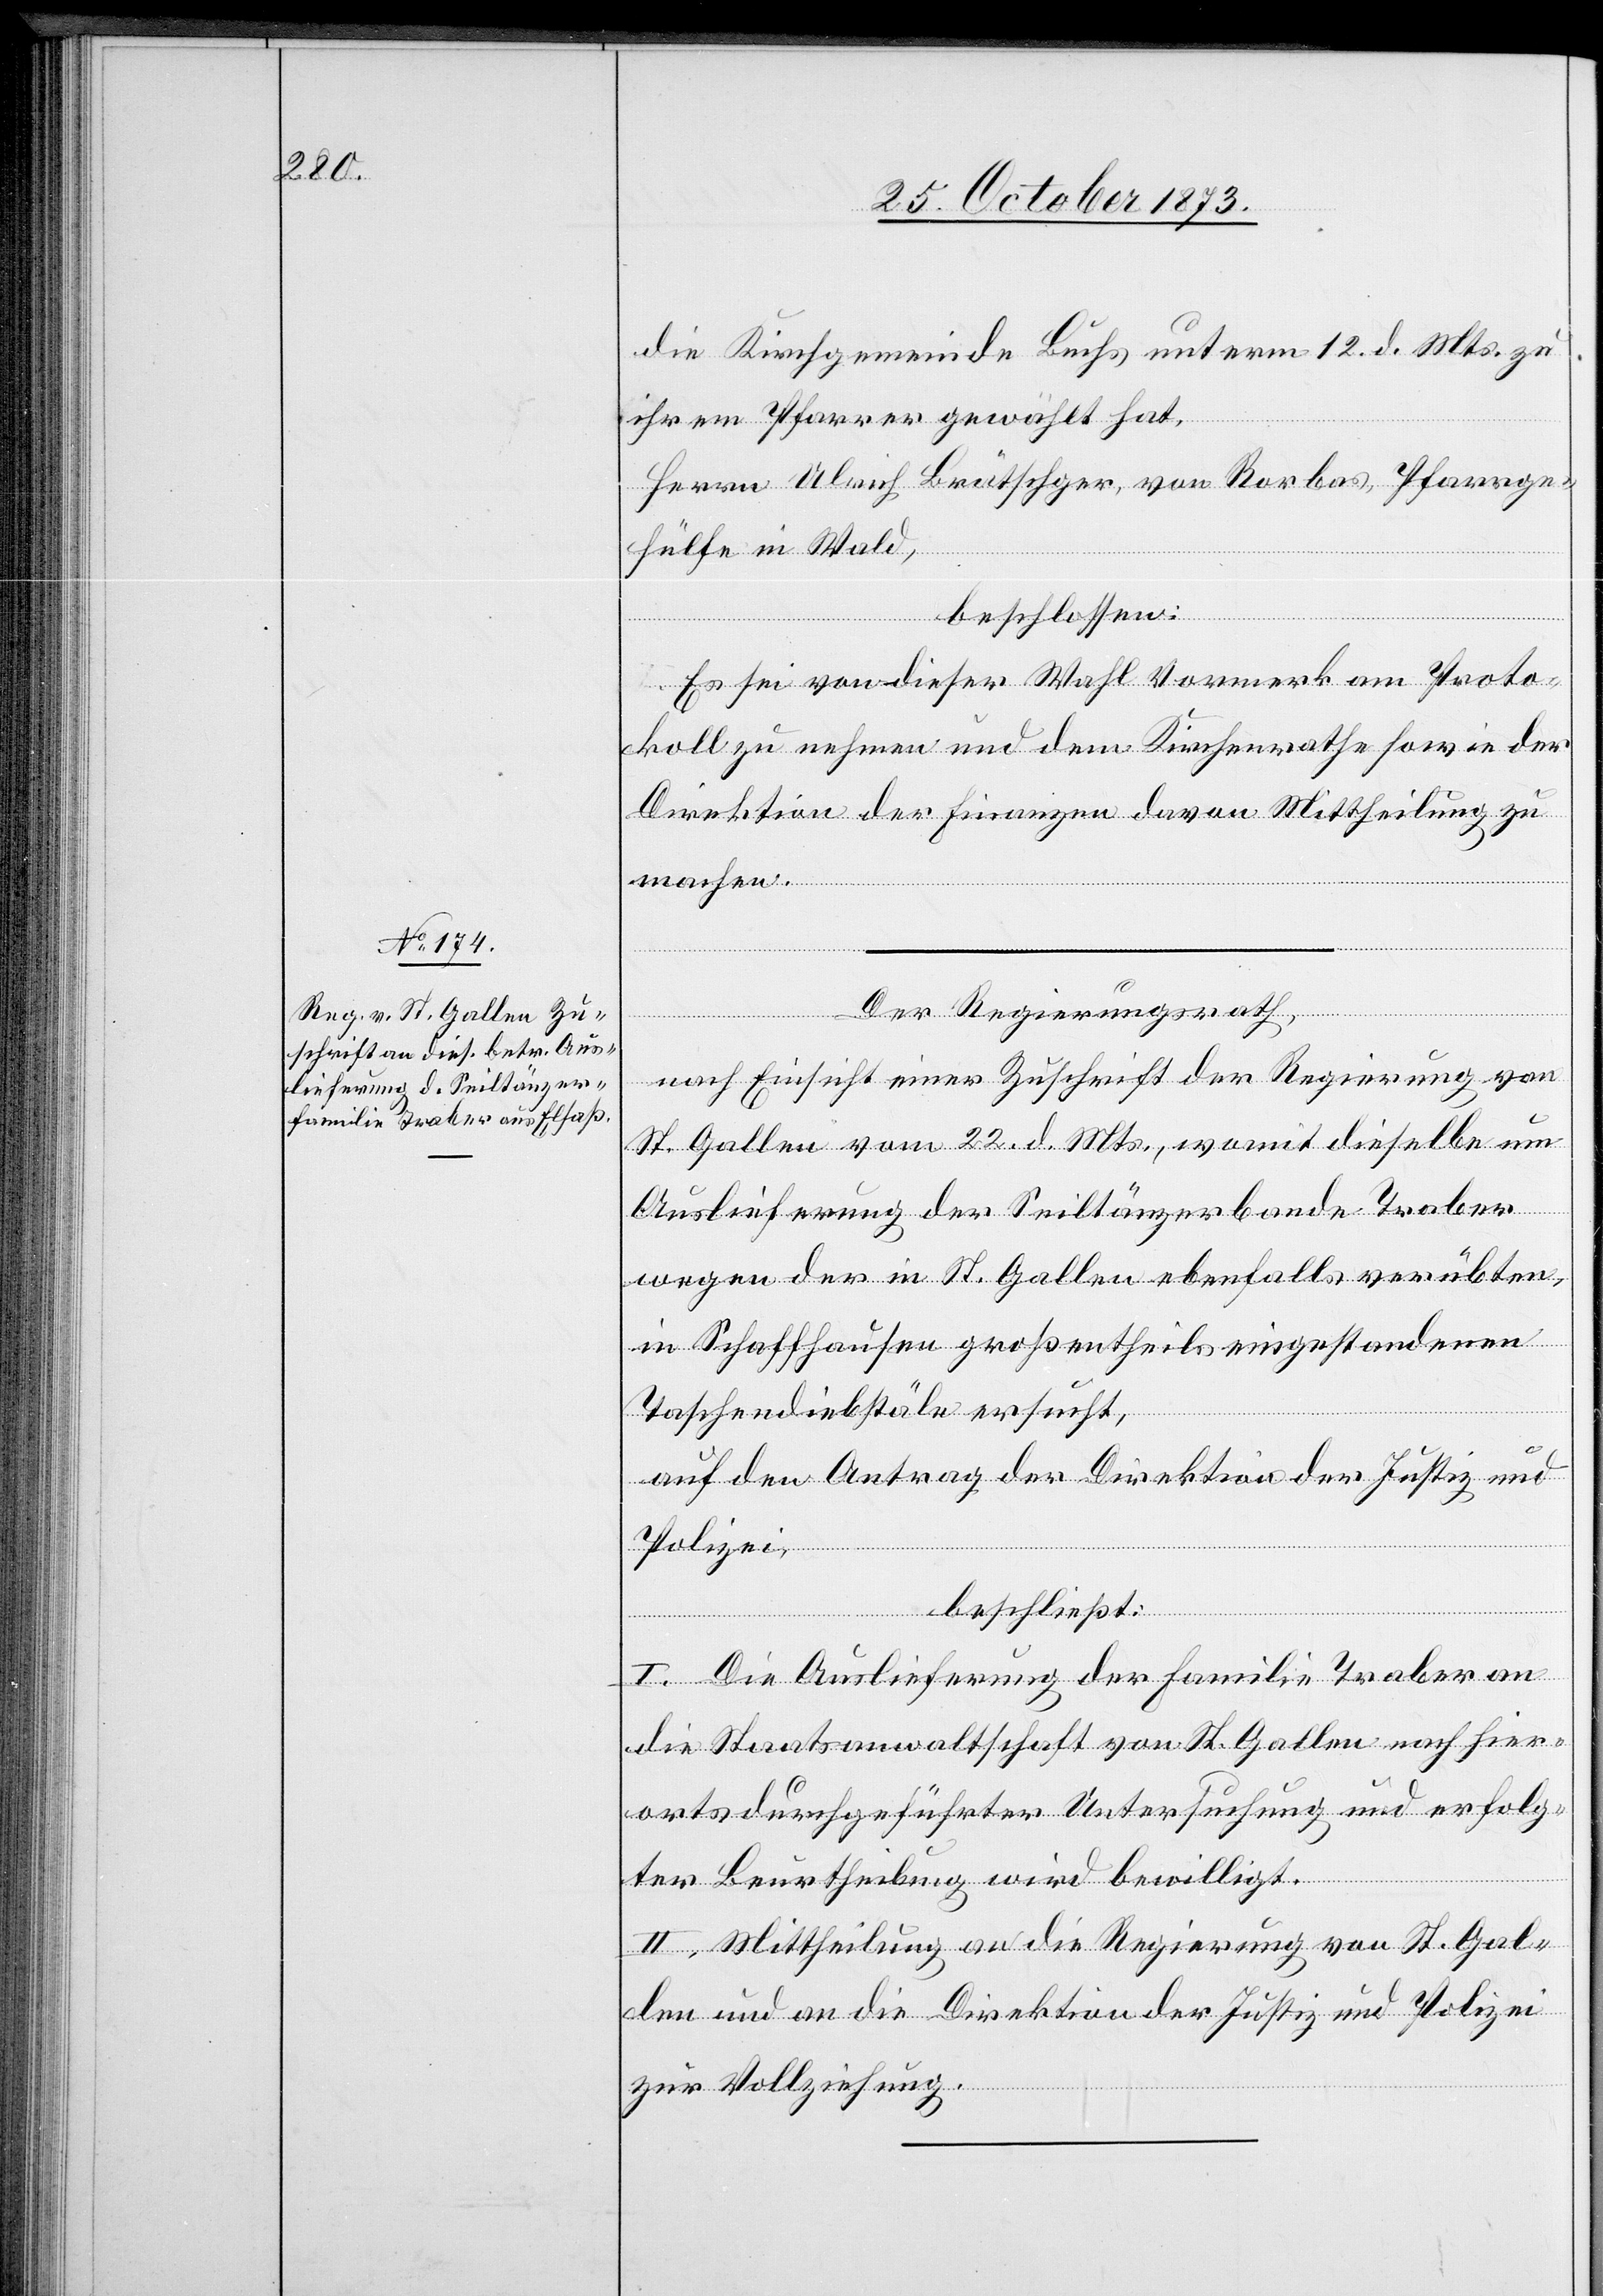
die Kirchgemeinde Buchs unterm 12. d. Mts. zu
ihrem Pfarrer gewählt hat,
Herrn Ulrich Brätschger, von Rorbas, Pfarrge¬
hülfe in Wald,
beschlossen:
Es sei von dieser Wahl Vormerk am Proto¬
koll zu nehmen und dem Kirchenrathe sowie der
Direktion der Finanzen davon Mittheilung zu
machen.
Der Regierungsrath,
nach Einsicht einer Zuschrift der Regierung von
St. Gallen vom 22. d. Mts., womit dieselbe um
Auslieferung der Seiltänzerbande Traber
wegen der in St. Gallen ebenfalls verübten,
in Schaffhausen großentheils eingestandenen
Taschendiebstäle ersucht,
auf den Antrag der Direktion der Justiz und
Polizei,
beschließt:
I. Die Auslieferung der Familie Traber an
die Staatsanwaltschaft von St. Gallen nach hier¬
orts durchgeführter Untersuchung und erfolg¬
ter Beurtheilung wird bewilligt.
II. Mittheilung an die Regierung von St. Gal¬
len und an die Direktion der Justiz und Polizei
zur Vollziehung.